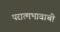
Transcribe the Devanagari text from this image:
परात्मभावाची